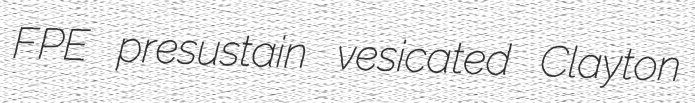
FPE presustain vesicated Clayton